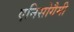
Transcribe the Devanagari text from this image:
एनिसोगैमी